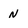
Character: N